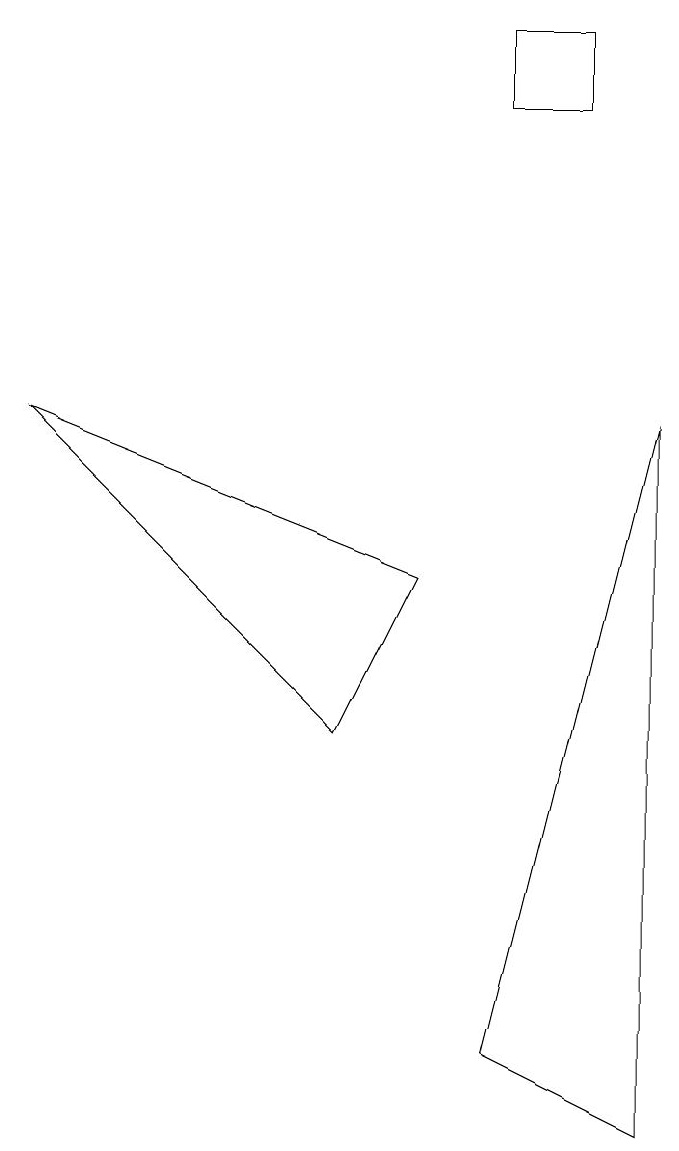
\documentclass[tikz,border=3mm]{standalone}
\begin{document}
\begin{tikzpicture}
\draw (5,7) -- (0,9) -- (4,5) -- cycle;
\draw (7,13) rectangle (6,14);
\draw (6,1) -- (8,0) -- (8,9) -- cycle;
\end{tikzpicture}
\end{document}